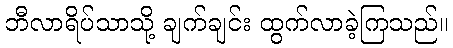
ဘီလာရိပ်သာသို့ ချက်ချင်း ထွက်လာခဲ့ကြသည်။